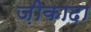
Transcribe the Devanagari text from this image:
ज़ीकादा